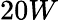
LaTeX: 20W